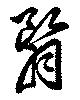
翳